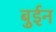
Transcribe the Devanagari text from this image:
बुईन